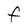
Character: F